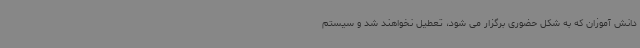
دانش آموزان که به شکل حضوری برگزار می شود، تعطیل نخواهند شد و سیستم